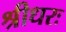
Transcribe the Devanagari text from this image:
श्रीधरः